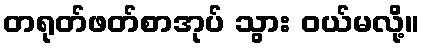
တရုတ်ဖတ်စာအုပ် သွား ဝယ်မလို့။